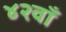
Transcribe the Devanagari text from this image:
४२वाँ